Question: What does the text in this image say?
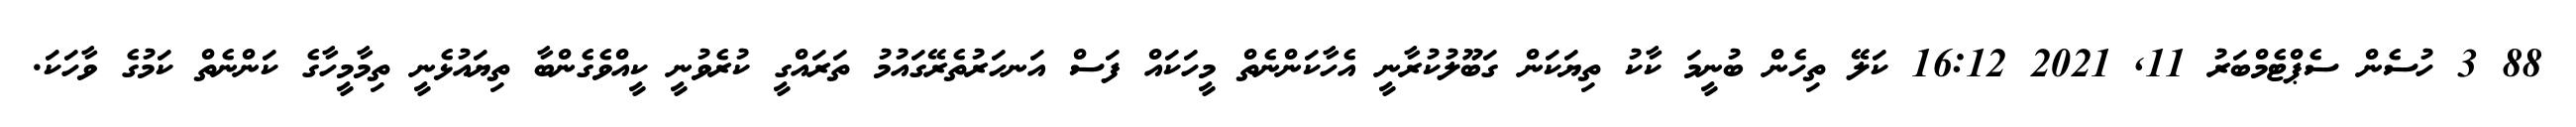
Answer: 88 3 ހުސެން ސެޕްޓެމްބަރު 11, 2021 16:12 ކަލޭ ތިހެން ބުނީމަ ކާކު ތިޔަކަން ގަބޫލުކުރާނީ އެހާކަންނެތް މީހަކައް ފަސް އަނހަރުތެރޭގައުމު ތަރައްގީ ކުރެވުނީ ކީއްވެގެންބާ ތިޔައުޅެނީ ތިމާމީހާގެ ކަންނެތް ކަމުގެ ވާހަކަ.